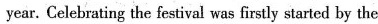
year. Celebrating the festival was firstly started by the